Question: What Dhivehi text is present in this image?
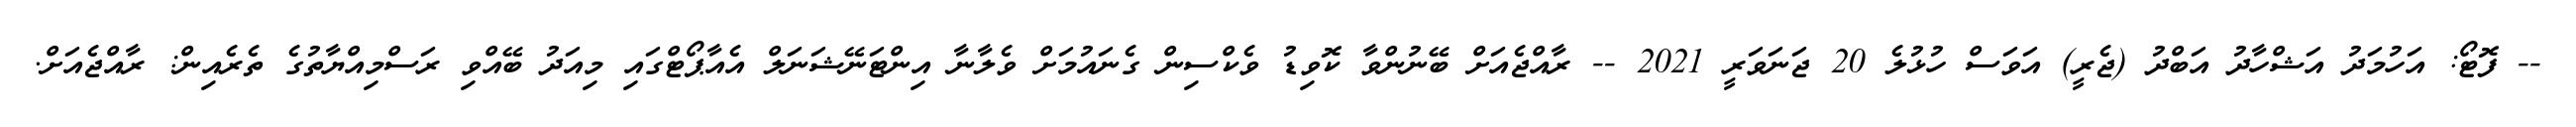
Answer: -- ފޮޓޯ: އަހުމަދު އަޝްހާދު އަބްދު (ޖެރީ) އަވަސް ހުޅުލެ 20 ޖަނަވަރީ 2021 -- ރާއްޖެއަށް ބޭނުންވާ ކޮވިޑު ވެކްސިން ގެނައުމަށް ވެލާނާ އިންޓަނޭޝަނަލް އެއާޕޯޓްގައި މިއަދު ބޭއްވި ރަސްމިއްޔާތުގެ ތެރެއިން: ރާއްޖެއަށް.